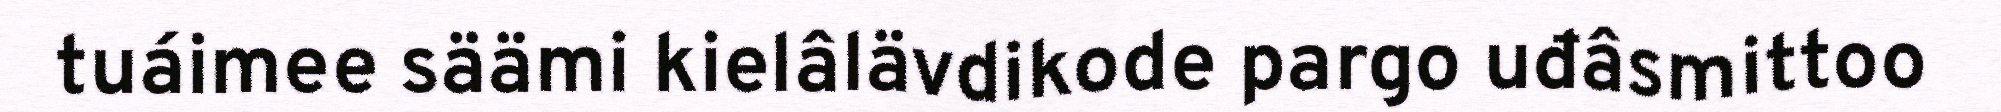
tuáimee säämi kielâlävdikode pargo uđâsmittoo